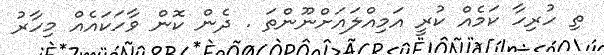
ތި ހުރިހާ ކަމެއް ކުރީ އަމިއްލައަށްނޫންތަ . ދެން ކޮން ވާހަކައެއް މިހާރު